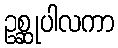
ဥစ္ဆုပါလကာ